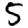
Digit: 5